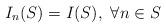
LaTeX: \begin{align*}I_n(S) = I(S), ~ \forall n \in S\end{align*}